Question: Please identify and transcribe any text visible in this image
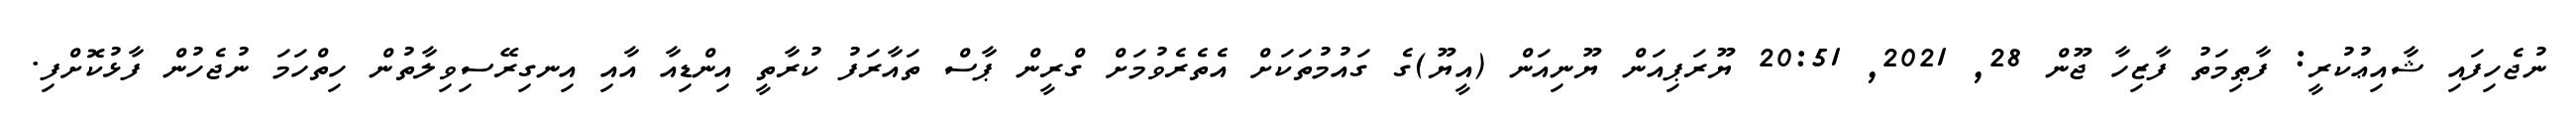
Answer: ނުޖެހިފައި ޝާއިޢުކުރީ: ފާޠިމަތު ފާޒިހާ ޖޫން 28, 2021, 20:51 ޔޫރަޕިއަން ޔޫނިއަން (އީޔޫ)ގެ ގައުމުތަކަށް އެތެރެވުމަށް ގްރީން ޕާސް ތައާރަފު ކުރާތީ އިންޑިއާ އާއި އިނގިރޭސިވިލާތުން ހިތްހަމަ ނުޖެހުން ފާޅުކޮށްފި.